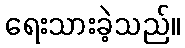
ရေးသားခဲ့သည်။